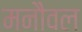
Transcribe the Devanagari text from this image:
मनौवल